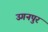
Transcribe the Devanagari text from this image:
उगनपुर